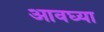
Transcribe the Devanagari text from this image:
आवघ्या